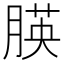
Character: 朠